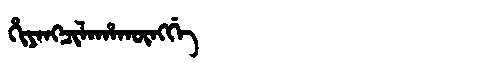
Manchu: ᡥᡳᠶᠠᠩᠴᡳᠯᠠᡥᠠᡴᡡᠩᡤᡝ
Romanization: HIYANGCILAHAKŪNGGE